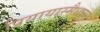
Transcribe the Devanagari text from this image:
प्रियायास्मैधाम्ने